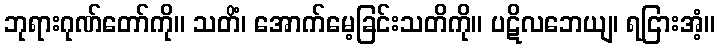
ဘုရားဂုဏ်တော်ကို။ သတိံ၊ အောက်မေ့ခြင်းသတိကို။ ပဋိလဘေယျ၊ ရငြားအံ့။